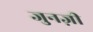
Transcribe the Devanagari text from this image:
जुनज़ी